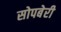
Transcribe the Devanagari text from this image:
सोपबेरी